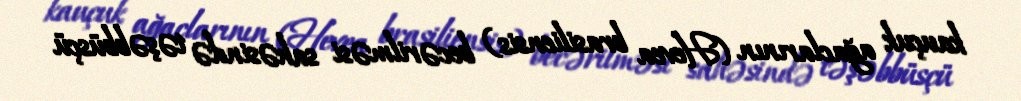
kauçuk ağaclarının (Hevea brasiliensis) becərilməsi sahəsində təşəbbüsçü